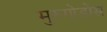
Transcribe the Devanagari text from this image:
मुरुगोडोस